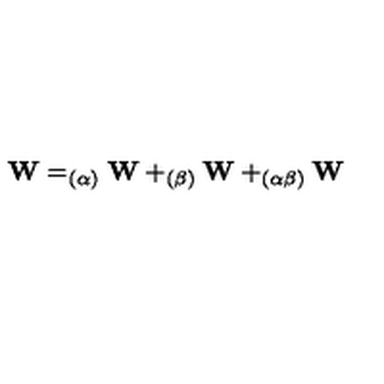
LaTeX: \mathbf { W } = _ { ( \alpha ) } \mathbf { W } + _ { ( \beta ) } \mathbf { W } + _ { ( \alpha \beta ) } \mathbf { W }